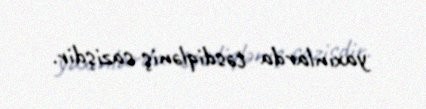
yaxınlarda təsdiqləniş sazişdir.